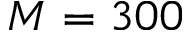
M = 3 0 0